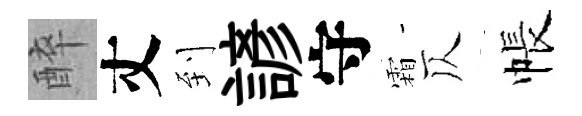
醉丈到諺守霜仄帳